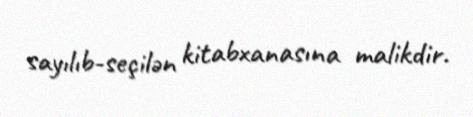
sayılıb-seçilən kitabxanasına malikdir.